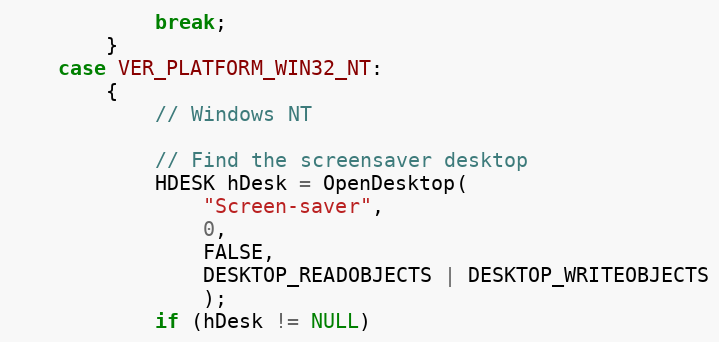
Language: C++
			break;
		}
	case VER_PLATFORM_WIN32_NT:
		{
			// Windows NT

			// Find the screensaver desktop
			HDESK hDesk = OpenDesktop(
				"Screen-saver",
				0,
				FALSE,
				DESKTOP_READOBJECTS | DESKTOP_WRITEOBJECTS
				);
			if (hDesk != NULL)